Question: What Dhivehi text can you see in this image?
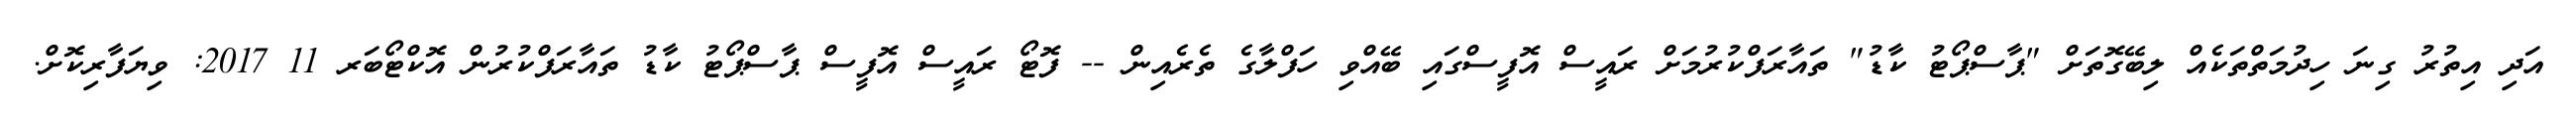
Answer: އަދި އިތުރު ގިނަ ހިދުމަތްތަކެއް ލިބޭގޮތަށް "ޕާސްޕޯޓު ކާޑު" ތައާރަފްކުރުމަށް ރައީސް އޮފީސްގައި ބޭއްވި ހަފްލާގެ ތެރެއިން -- ފޮޓޯ ރައީސް އޮފީސް ޕާސްޕޯޓު ކާޑު ތައާރަފްކުރުން އޮކްޓޯބަރ 11 2017: ވިޔަފާރިކޮށް.